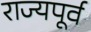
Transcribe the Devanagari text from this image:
राज्यपूर्व